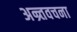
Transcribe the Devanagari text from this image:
अन्र्तवचना